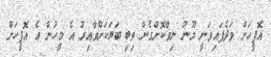
އޮފީހަށް ވަދެފައިވަނީ މޫނު ނިވާކޮށްގެން ތިބި ބަޔަކަށްވާއިރު އެ މީހުން އެ އޮފީހަށް